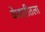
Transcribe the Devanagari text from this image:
केसरीतला